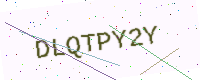
Text: DLQTPY2Y